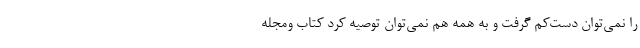
را نمی‌توان دست‌کم گرفت و به همه هم نمی‌توان توصیه کرد کتاب ومجله